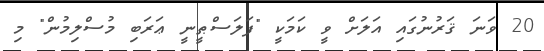
20 ވަނަ ޤަރުނުގައި އަލަށް ވީ ކަމަކީ "ފަލަސްޠީނީ ޢަރަބި މުސްލިމުން" މި